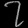
Digit: ၇